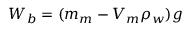
W _ { b } = ( m _ { m } - V _ { m } \rho _ { w } ) g